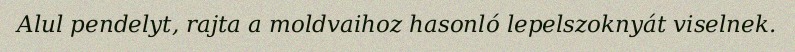
Alul pendelyt, rajta a moldvaihoz hasonló lepelszoknyát viselnek.